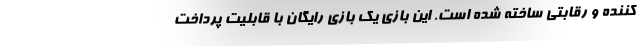
کننده و رقابتی ساخته شده است. این بازی یک بازی رایگان با قابلیت پرداخت